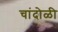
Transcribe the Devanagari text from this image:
चांदोळी